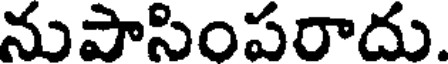
నుపాసింపరాదు.